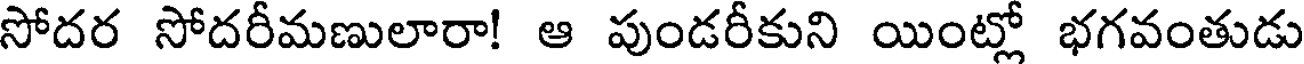
సోదర సోదరీమణులారా! ఆ పుండరీకుని యింట్లో భగవంతుడు